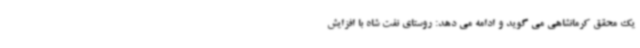
یک محقق کرمانشاهی می گوید و ادامه می دهد: روستای نفت شاه با افزایش